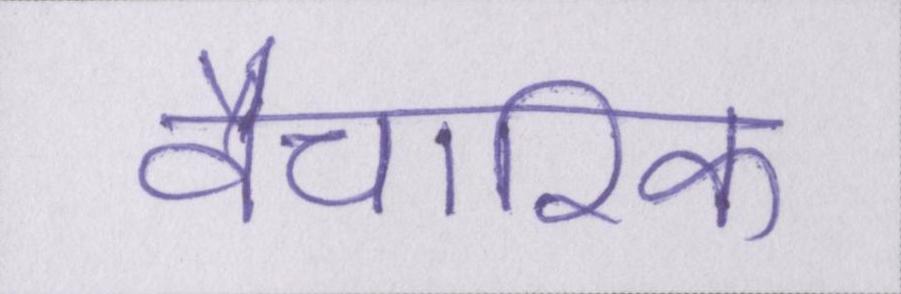
वैचारिक